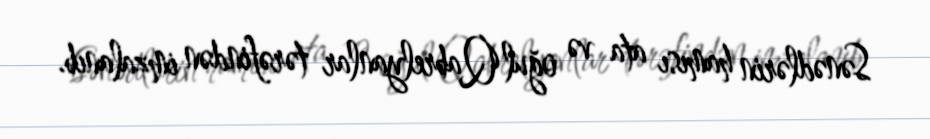
Sənədlərin hamısı ata və oğul Qabrelyanlar tərəfindən imzalanıb.